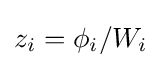
z_{i}=\phi _{i}/W_{i}